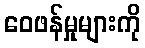
ဝေဖန်မှုများကို